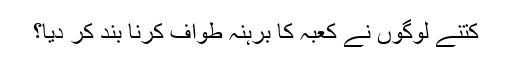
کتنے لوگوں نے کعبہ کا برہنہ طواف کرنا بند کر دیا؟